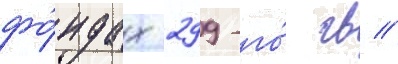
фо́ндах 299-го́ гв //